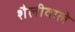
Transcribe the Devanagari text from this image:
शैलीवाले